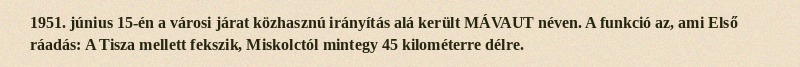
1951. június 15-én a városi járat közhasznú irányítás alá került MÁVAUT néven. A funkció az, ami Első ráadás: A Tisza mellett fekszik, Miskolctól mintegy 45 kilométerre délre.